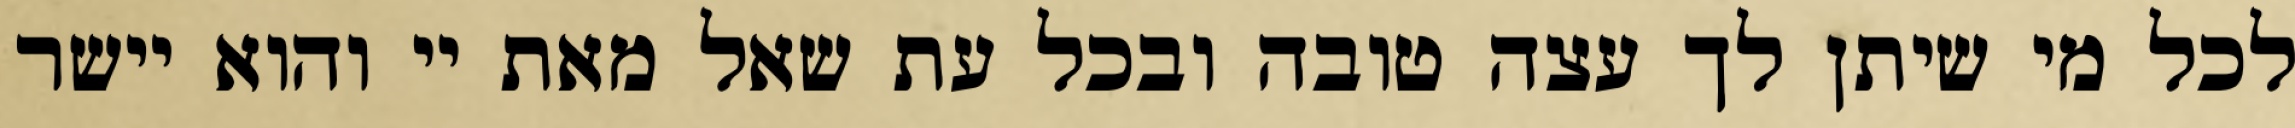
לכל מי שיתן לך עצה טובה ובכל עת שאל מאת יי והוא יישר